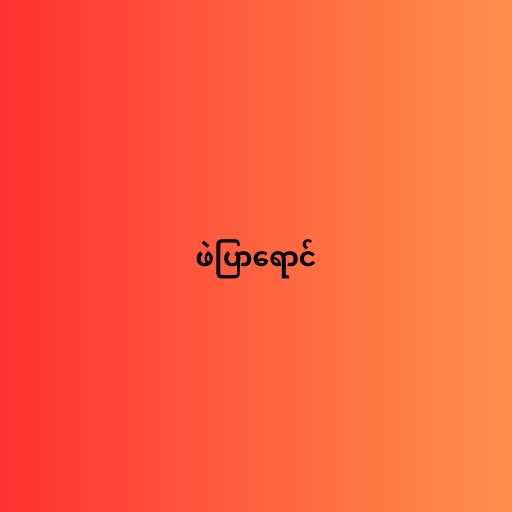
ဖဲပြာရောင်